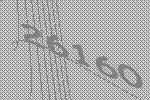
26160